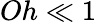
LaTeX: Oh\ll 1